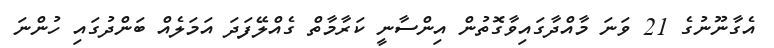
އެގާނޫނުގެ 21 ވަނަ މާއްދާގައިވާގޮތުން އިންސާނީ ކަރާމާތް ގެއްލޭފަދަ އަމަލެއް ބަންދުގައި ހުންނަ